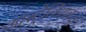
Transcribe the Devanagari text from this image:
आस्ट्रेलियाकडून